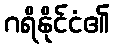
ဂရိနိုင်ငံ၏